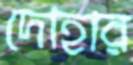
দোহার